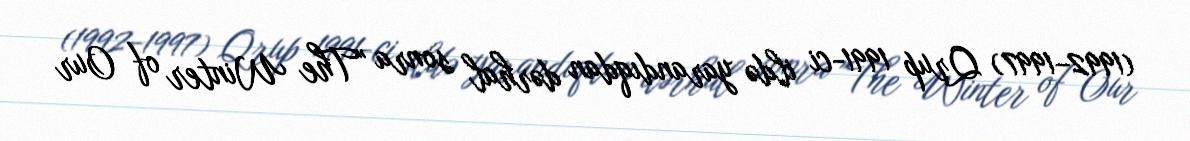
(1992–1997) Qrup 1991-ci ildə yarandıqdan dərhal sonra "The Winter of Our